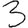
Digit: 3